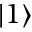
| 1 \rangle